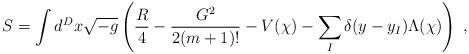
LaTeX: \begin{align*}S = \int d^D x \sqrt{- g} \left( \frac{R}{4} - \frac{G^2}{2 (m + 1)!} - V(\chi) - \sum_I \delta(y - y_I) \Lambda(\chi) \right) \; ,\end{align*}